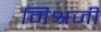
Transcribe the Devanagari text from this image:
मिश्रजी